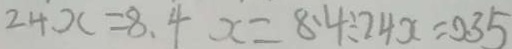
2 4 x = 8 . 4 x = 8 . 4 \div 2 4 x = 0 . 3 5